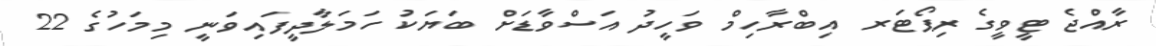
ރާއްޖެ ޓީވީގެ ރިޕޯޓަރ އިބްރާހިމް ވަހީދު އަސްވާޑަށް ބަޔަކު ހަމަލާދީފައިވަނީ މިމަހުގެ 22